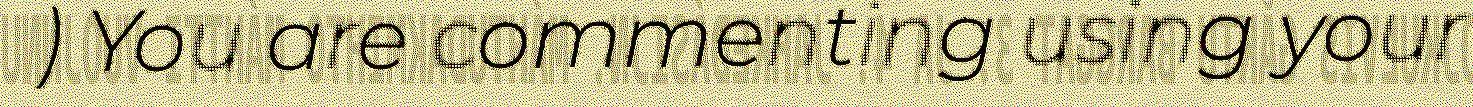
) You are commenting using your